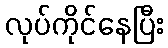
လုပ်ကိုင်နေပြီး